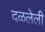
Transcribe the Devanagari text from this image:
दळलेली